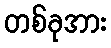
တစ်ခုအား